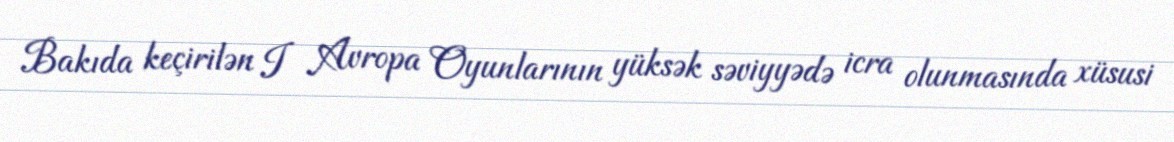
Bakıda keçirilən I Avropa Oyunlarının yüksək səviyyədə icra olunmasında xüsusi